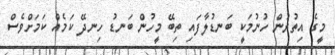
މީގެ އިތުރުން ހުނުމަކީ ބަނޑުލާފައި ތިބޭ މީހުން ބަނޑު ހިނދޭ ކަމެއް ކަަމަށްވެސް